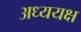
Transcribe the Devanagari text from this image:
अध्ययक्ष